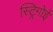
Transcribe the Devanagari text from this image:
स्ट्रिगोई